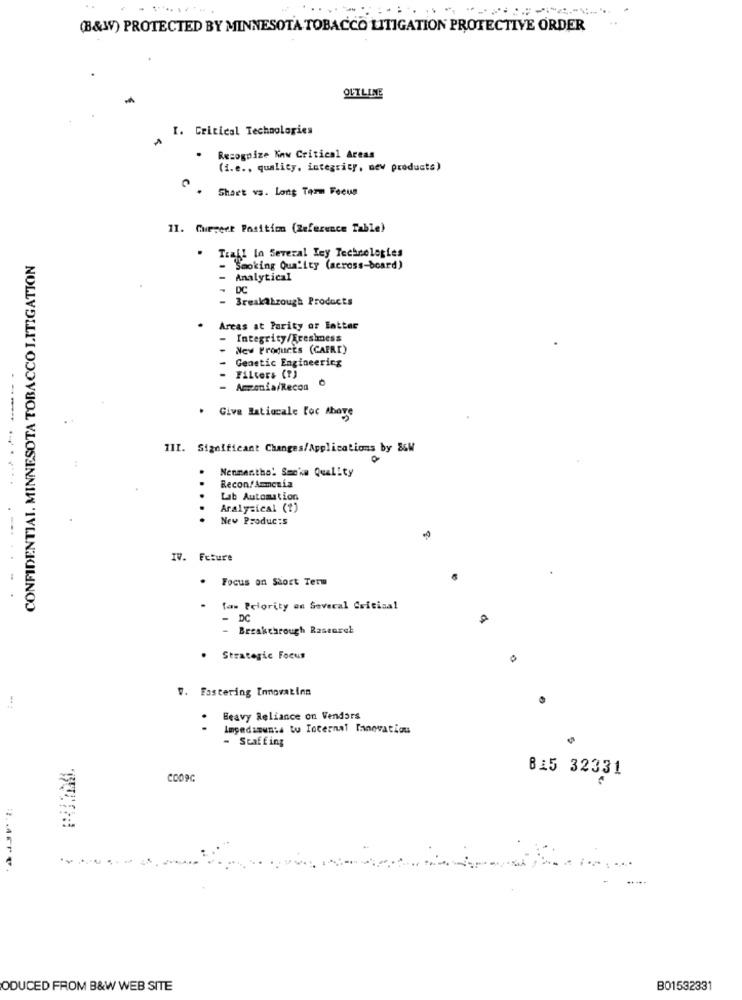
...
(B&W) PROTECTED BY MINNESOTA TOBACCO LITIGATION PROTECTIVE ORDER
OUTLINE
I. Critical Technologies
.
Recognize Kaw Critical Areas
(i.e ., quality, integrity, new products)
. Shart vs. Long Term Fecun
11. Curveet Position (Reference Table)
. Trall In Several Tey Technologies
CONFIDENTIAL. MINNESOTA TOBACCO LITIGATION
- Smoking Quality (across-board)
- Analytical
- DC
- Breakthrough Products
Areas at Parity or Entter
- Integrity/fresimess
- New Products (CAFRI)
Genetic Engineering
Filters (?)
- Amzonia/Recon
. Give Ratiocale Foc Above
--- -
III. Significant Changes/Applications by &GW
Nenmentha! Smoke Quality
Recon/ Ammonia
Lab Automation
Aralysical (1)
....
New Products
-..
IV. Future
.
Focus on Short Term
low Priority en Several Crisisal
- DC
- Breakthrough Rasenret
. Strategic Focus
V. Fastering Innovatinn
.
Beavy Reliance on Vendors
Impedizum:a tu Internal Innovation
- Staffing
B15 32331
COO9C
ODUCED FROM B&W WEB SITE
B01532331